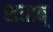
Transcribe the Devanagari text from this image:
शताब्